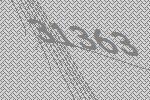
31363